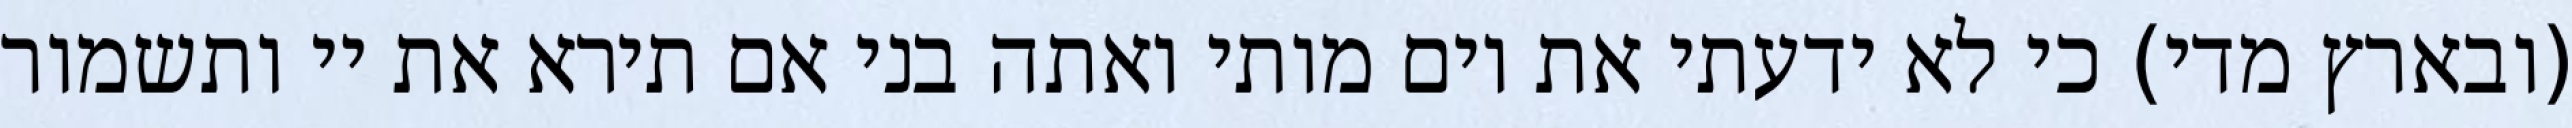
(ובארץ מדי) כי לא ידעתי את יום מותי ואתה בני אם תירא את יי ותשמור